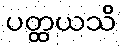
ပတ္ထယသိ